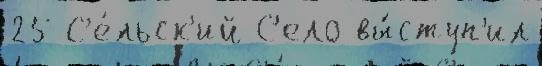
25 С'е́льск'ий С'ело вы́ступ'ил